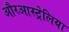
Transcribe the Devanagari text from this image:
औरआस्ट्रेलिया